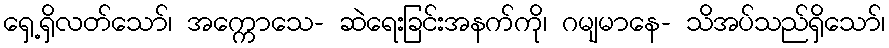
ရှေ့ရှိလတ်သော်၊ အက္ကောသေ- ဆဲရေးခြင်းအနက်ကို၊ ဂမျမာနေ- သိအပ်သည်ရှိသော်၊